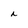
Character: a